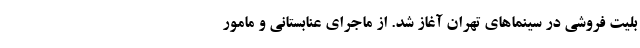
بلیت فروشی در سینماهای تهران آغاز شد. از ماجرای عنابستانی و مامور